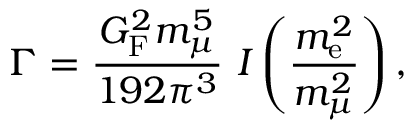
\Gamma = { \frac { G _ { \mathrm { F } } ^ { 2 } m _ { \mu } ^ { 5 } } { 1 9 2 \pi ^ { 3 } } } ~ I \left( { \frac { m _ { \mathrm { e } } ^ { 2 } } { m _ { \mu } ^ { 2 } } } \right) ,